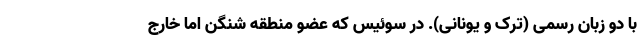
با دو زبان رسمی (ترک و یونانی). در سوئیس که عضو منطقه شنگن اما خارج